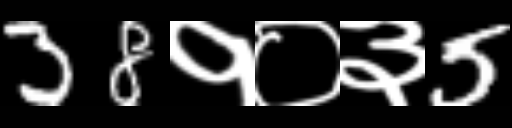
Text: 38१०३5